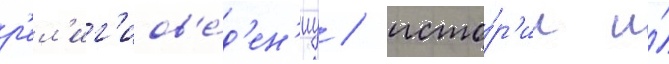
р'ел'иг'иов'е́д'ен'иу / исто́р'ии и́